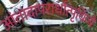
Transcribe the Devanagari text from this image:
आंतादापरार्धात्पृथिव्यै